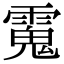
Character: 𩳧